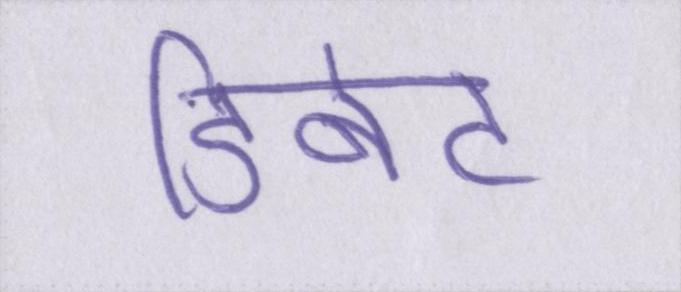
डिबेट